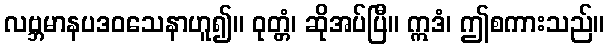
လဗ္ဘမာနပဒဝသေနာဟူ၍။ ဝုတ္တံ၊ ဆိုအပ်ပြီ။ ဣဒံ၊ ဤစကားသည်။